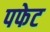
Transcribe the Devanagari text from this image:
पफेट